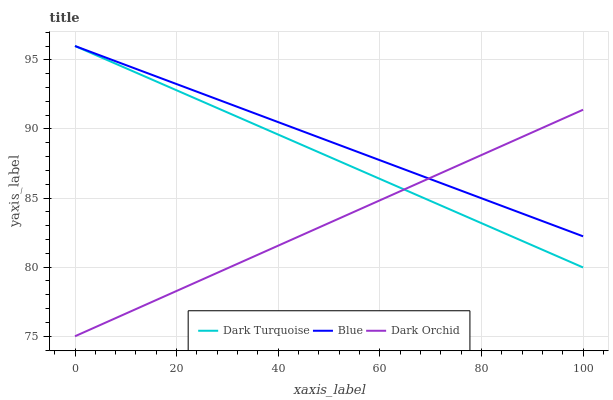
| xaxis_label | Dark Turquoise | Blue | Dark Orchid |
 | --- | --- | --- | --- |
 | 0 | 96 | 96 | 75 |
 | 14.3 | 93.7 | 94 | 77.3 |
 | 28.6 | 91.4 | 92.1 | 79.7 |
 | 42.9 | 89.1 | 90.1 | 82 |
 | 57.1 | 86.8 | 88.1 | 84.4 |
 | 71.4 | 84.6 | 86.2 | 86.7 |
 | 85.7 | 82.3 | 84.2 | 89 |
 | 100 | 80 | 82.2 | 91.4 |